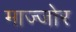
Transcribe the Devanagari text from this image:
माज्जोर